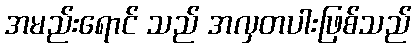
အမည်းရောင် သည် အလှတပါးဖြစ်သည်